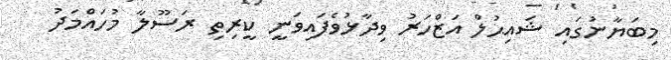
މިބަޔާނުގައި ޝައިޙުލް އަޒްހަރު ވިދާޅުވެފައިވަނީ ކީރިތި ރަސޫލާ މުހައްމަދު